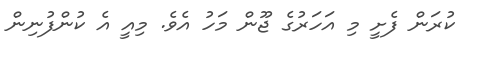
ކުރަން ފެށީ މި އަހަރުގެ ޖޫން މަހު އެވެ. މިއީ އެ ކުންފުނިން